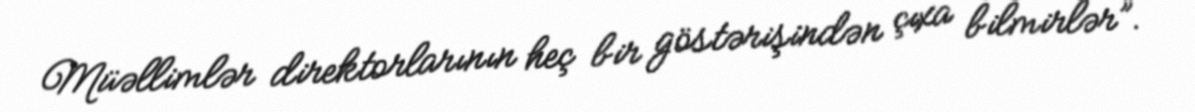
Müəllimlər direktorlarının heç bir göstərişindən çıxa bilmirlər”.